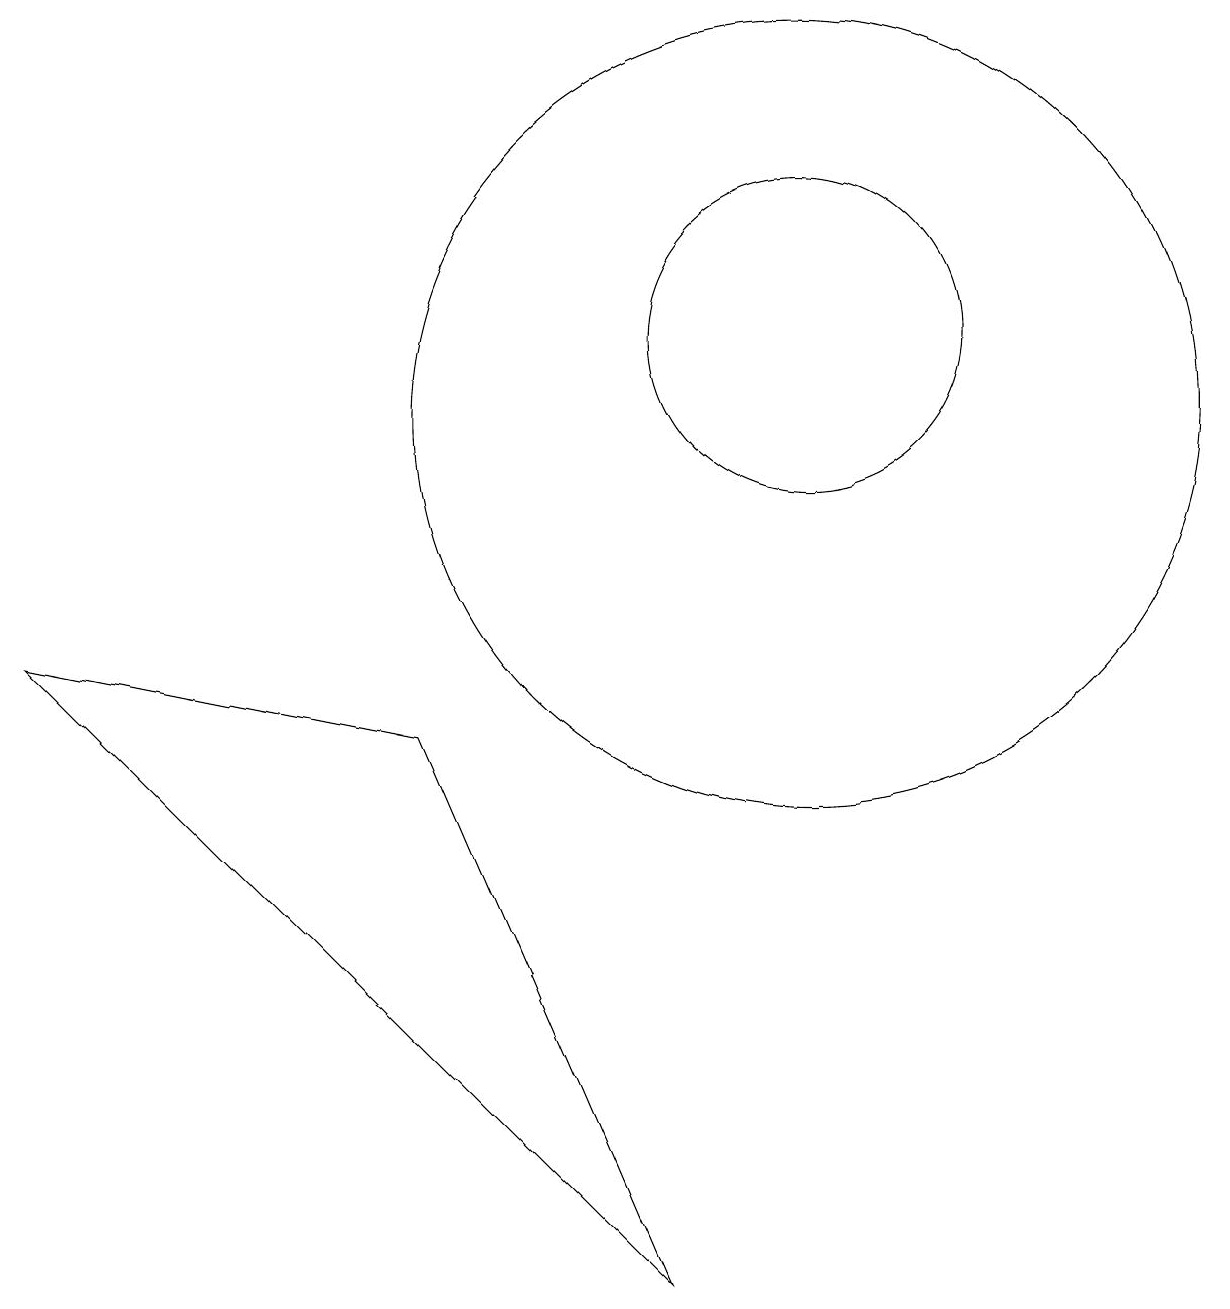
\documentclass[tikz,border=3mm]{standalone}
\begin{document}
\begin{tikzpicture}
\draw (10,12) circle (2);
\draw (10,11) circle (5);
\draw (8,0) -- (0,8) -- (5,7) -- cycle;
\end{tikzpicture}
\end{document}